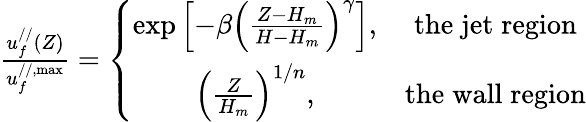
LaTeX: \begin{array}{r}{\frac{u_{f}^{//}\left(Z\right)}{u_{f}^{//,\operatorname*{max}}}=\left\{ \begin{array}{cc}{\mathrm{exp}\left[-\beta\left(\frac{Z-H_{m}}{H-H_{m}}\right)^{\gamma}\right],}&{\mathrm{the\; jet\; region}}\\ {\left(\frac{Z}{H_{m}}\right)^{1/n},}&{\mathrm{the\; wall\; region}}\end{array}\right.}\end{array}